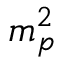
m _ { p } ^ { 2 }